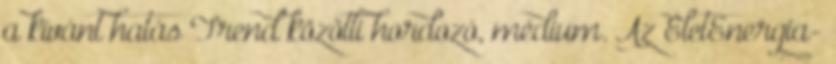
a kívánt hatás Trend közötti hordozó, médium. Az ÉletEnergia-